Palivere_vallavalitsus, lk 11
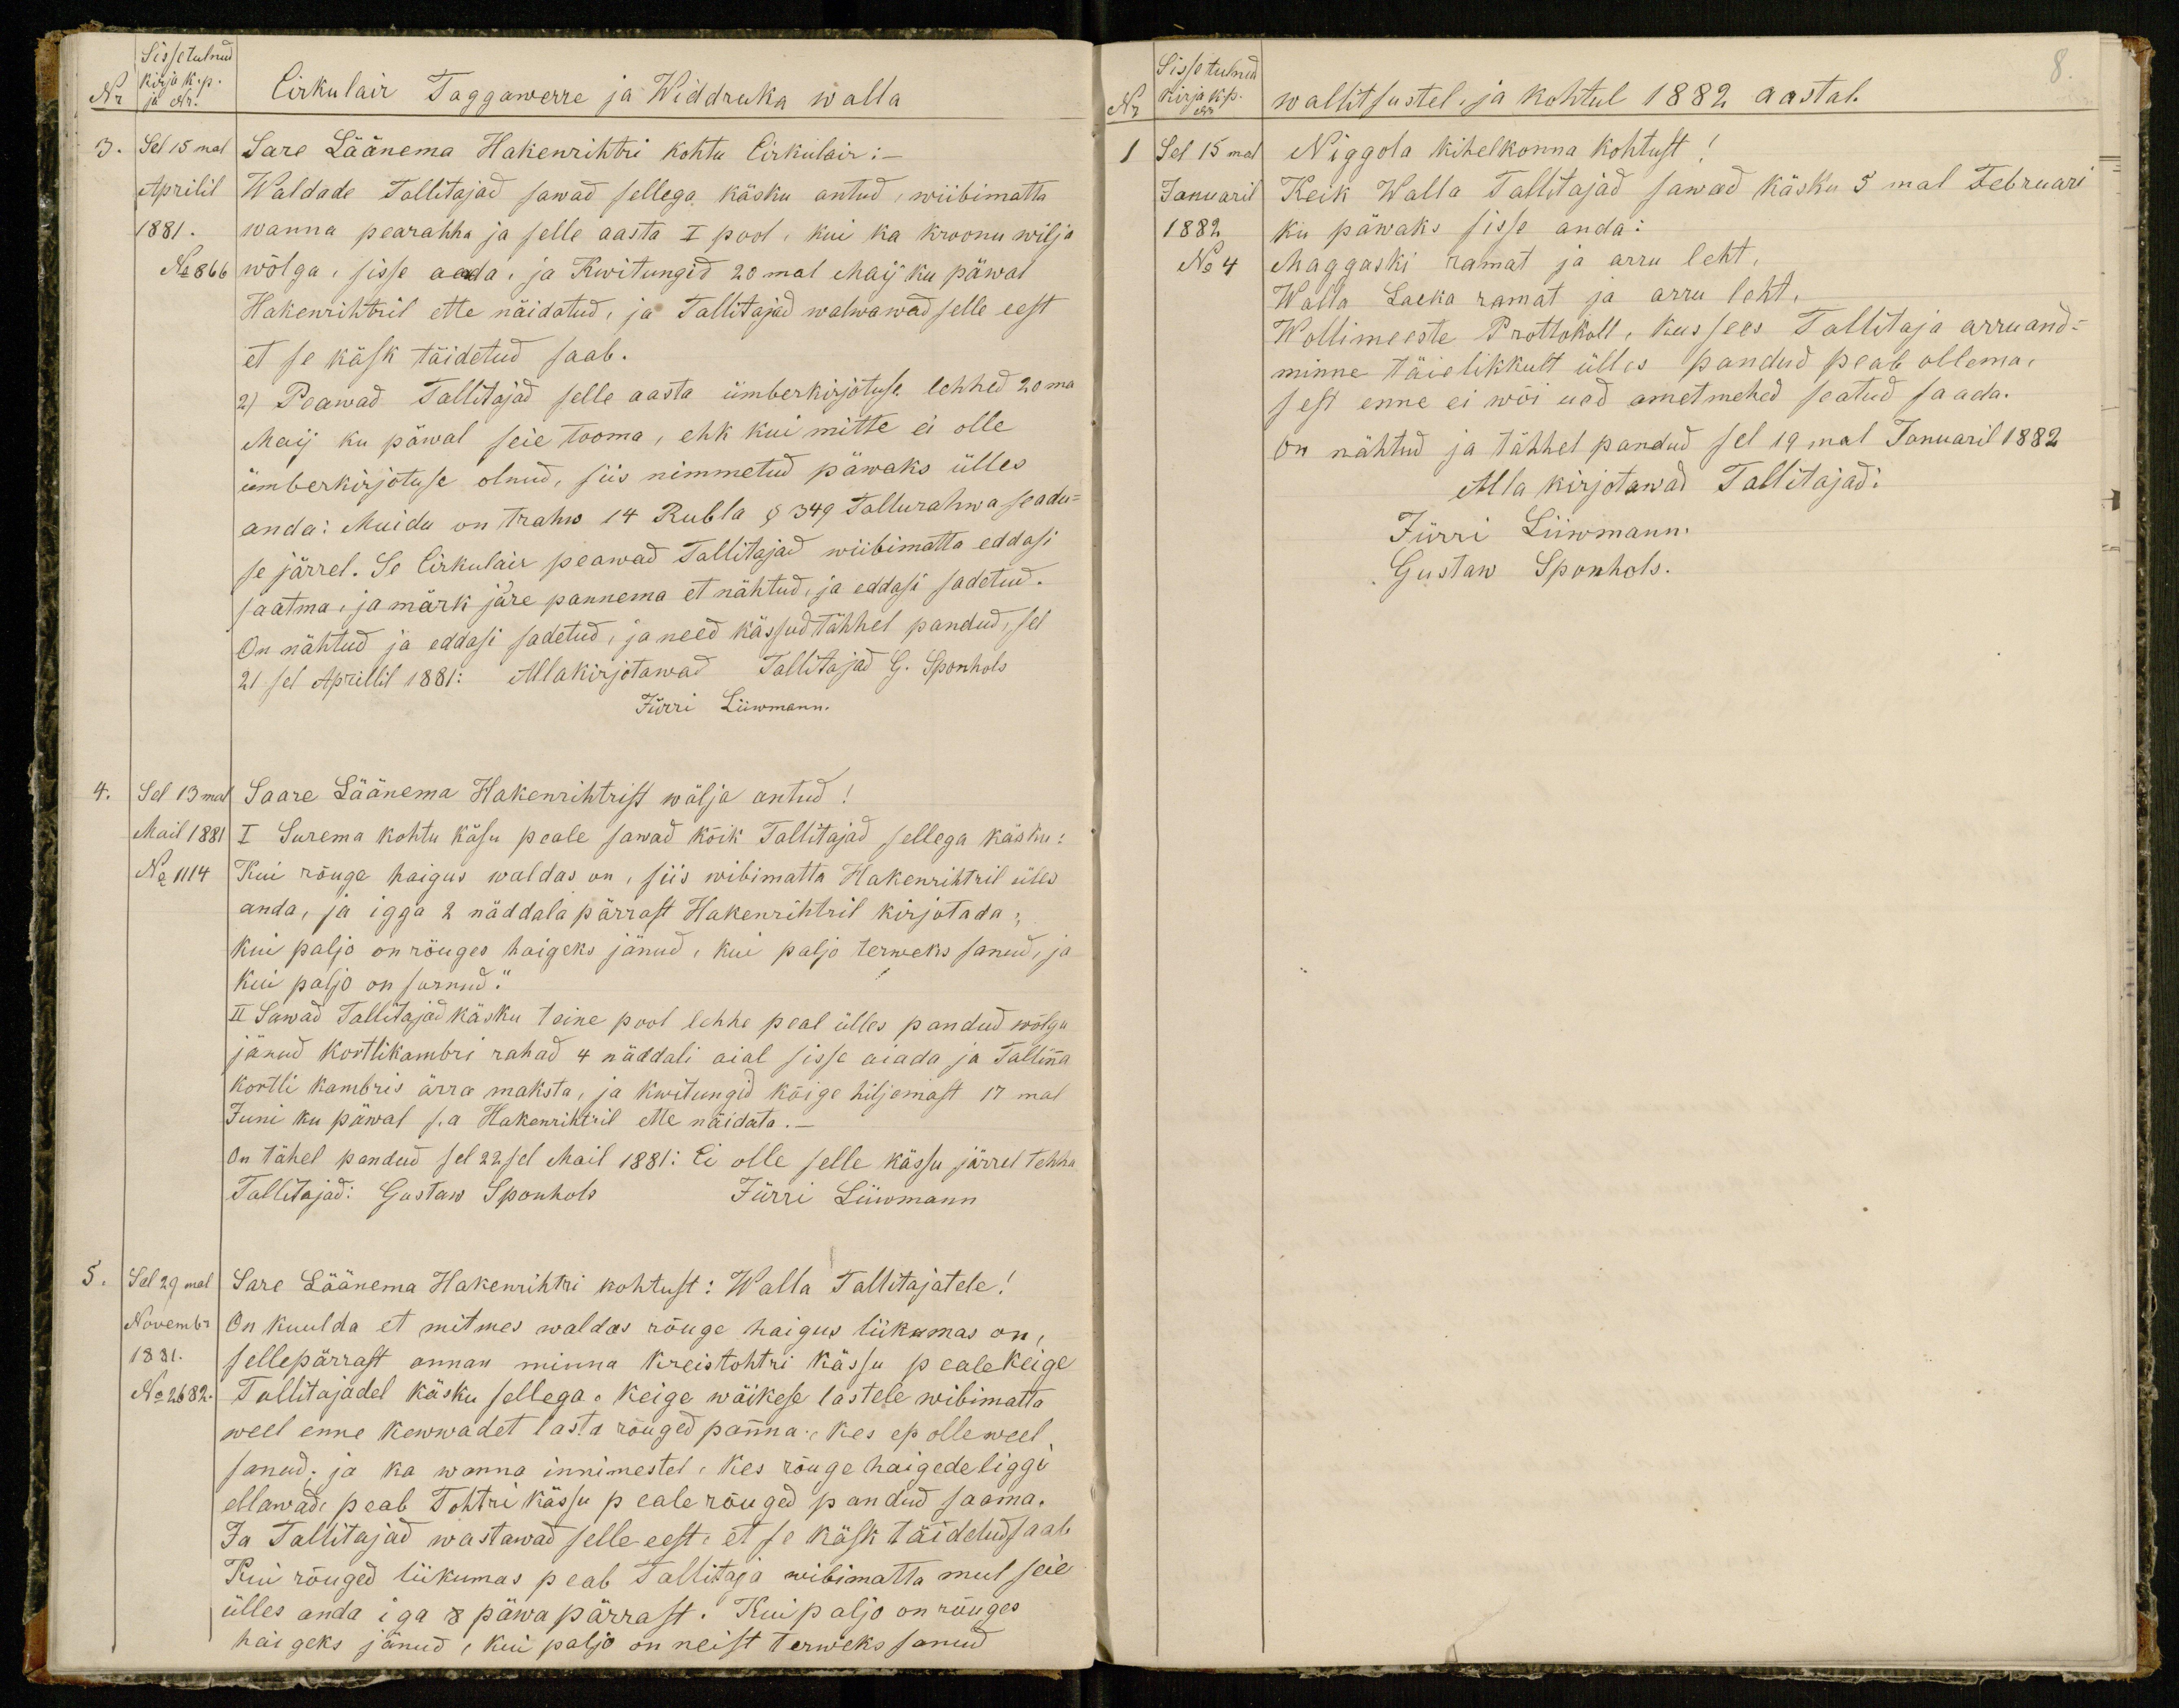
Sissetulnud
kirja k. p.
NR / ja Nr!
Cirkulair Taggawerre ja Widdruka walla
3. Sel 15mal
Aprilil
1881.
No 866
Sare Läänema Hakenrihtri kohtu Cirkulair:-
Waldade Tallitajad sawad sellega käsku antud, wiibimatta
wanna pearahha ja selle aasta I pool, kui ka kroonu wilja
wõlga, sisse aeada, ja Kwitungid 20mal Maij ku päwal
Hakenrihtril ette näidatud, ja Tallitajad walwawad selle eest
et se käsk täidetud saab.
2) Peawad Tallitajad selle aasta ümberkirjotuse lehhed 20ma
Maij ku päwal seie tooma, ehk kui mitte ei olle
ümberkirjotuse olnud, siis nimmetud päwaks ülles
anda: Muidu on trahw 14 Rubla § 349 Tallurahwa seadu-
se järrel. Se Cirklair peawad Tallitajad wiibimatta eddasi
saatma, ja märki jure pannema et nähtud, ja eddasi sadetud.
On nähtud ja eddasi sadetud, ja need kässud tähhel pandud, sel
21sel Aprillil 1881: Allakirjotawad Tallitajad G. Sponhols
Jürri Liiwmann.
4. Sel 13mal
Mail 1881
No 1114
Saare Läänema Hakenrihtrist wälja antud!
I Surema kohtu käsu peale sawad kõik Tallitajad sellega käsku:
Kui rõuge haigus waldas on, siis wibimatta Hakenrihtril üles
anda, ja igga 2 näddala pärrast Hakenrihtril kirjutada,
kui palju on rõuges haigeks jänud, kui paljo terweks sanud, ja
kui paljo on surnud.
III Sawad Tallitajad käsku teine pool lehhe peal ülles pandud wõlgu
jänud kortlikambri rahad 4 näddali aial sisse aiada ja Tallina
kortli kambris ärra maksta, ja kwitungid kõige hiljemast 17mal
Juni ku päwal s.a Hakenrihtil ette näidata.-
On tähel pandud sel 22sel Mail 1881: Ei olle selle kässu järrel tehhu
Tallitajad: Gustaw Sponhols
Jürri Liiwmann
5. Sel 29mal
Novembr
1881.
No 2682.
Sare Läänema Hakenrihtri kohtust: Walla Tallitajatele!
On kuulda et mitmes waldas rõuge haigus liikumas on.
sellepärrast annan minna kreistohtri kässu peale keige
Tallitajadel käsku sellega. Keige wäikese lastele wibimatta
weel enne kewwadet lasta rõuged panna, kes ep olle weel
sanud; ja ka wanna innimestel. Kes rõuge haigede liggi
ellawad peab Tohtri kässu peale rõuged pandud saama.
Ja Tallitajad wastawad selle eest- et se käsk täidetud saab
Kui rõuged liikumas peab Tallitaja wibimatta mul seie
ülles anda iga 8 päwa pärrast. Kui paljo on rõuges
haigeks jänud, kui paljo on neist terweks sanud.

8.
Sistetulnud
Nr kirja k. p.
walitsustel, ja kohtul 1882 aastal.
1 Sel 15mal
Januaril
1882
No 4
Niggola kihelkonna kohtust!
Keik Walla Tallitajad sawad käsku 5mal Februari
ku päwaks sisse anda:
Maggaski ramat ja arru leht,
Walla Laeka ramat ja arru leht,
Wollimeeste Protokoll, kus sees Tallitaja arru and-
minne täielikkult ülles pandud peab ollema,
sest enne ei wõi ued ametmehed seatud saada.
On nähtud ja tähhel pandud sel 19mal Januaril 1882
Alla kirjotawad Tallitajad:
Jürri Liiwmann
Gustaw Sponhols.